Sketch of the medical history of the native army of Bombay, for the year
Year: 1872
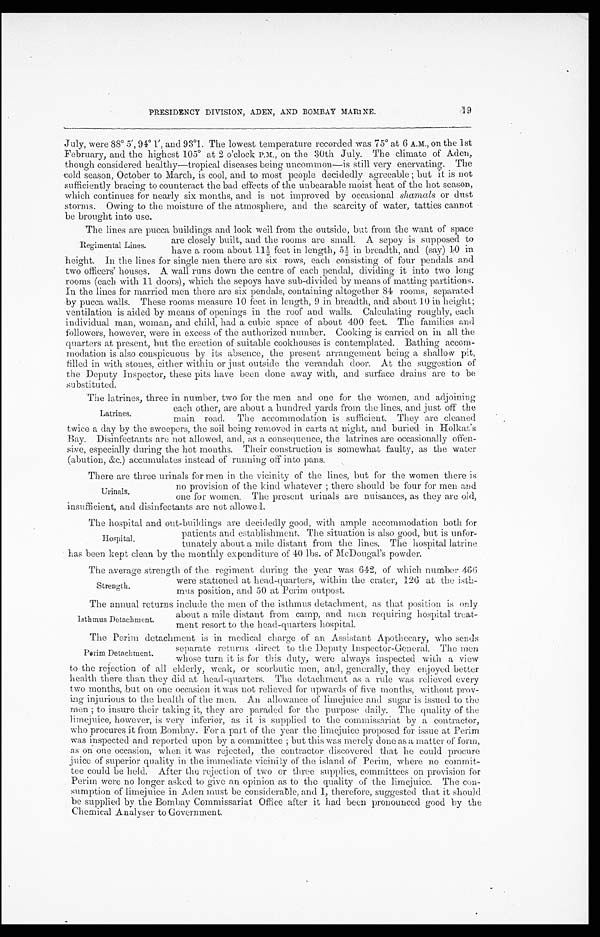
PRESIDENCY DIVISION, ADEN, AND BOMBAY MARINE.
19
J u l y , we r e 8 8° 5 ' , 9 4° 1 ' , a n d 9 3°1 . Th e l o we s t t e mp e r a t u r e r e c o r d e d wa s 7 5° a t 6 A. M. , o n t h e 1 s t
February, and t he hi ghest 105° at 2 o' cl ock P. M. , on t he 30t h Jul y. The cl i mat e of Aden,
though considered healthy—tropical diseases being uncommon—is still very enervating. The
cold season, October to March, is cool, and to most people decidedly agreeable ; but it is not
sufficiently bracing to counteract the bad effects of the unbearable moist heat of the hot season,
which continues for nearly six months, and is not improved by occasional s hamals or dust
storms. Owing to the moisture of the atmosphere, and the scarcity of water, tatties cannot
be brought into use.
The lines are pucca buildings and look well from the outside but from the want of space
are closely built, and the rooms are small. A sepoy is supposed to
have a room about 11½ feet in length, 5½ in breadth, and (say) 1.0 in
height. In the lines for single men there are six rows, each consisting of four pendals and
two officers' houses. A wall runs down the centre of each pendal, dividing it into two long
rooms (each with 11 doors), which the sepoys have sub-divided by means of matting partitions.
In the lines for married men there are six pendals, containing altogether 84 rooms, separated
by pucca walls. These rooms measure 10 feet in length, 9 in breadth, and about 10 in height;
ventilation is aided by means of openings in the roof and walls. Calculating roughly, each
individual man, woman, and child, had a cubic space of about 400 feet. The families and
followers, however, were in excess of the authorized number. Cooking is carried on in all the
quarters at present, but the erection of suitable cookhouses is contemplated. Bathing accom-
modation is also conspicuous by its absence, the present arrangement being a shallow pit,
filled in with stones, either within or just outside the verandah door. At the suggestion of
the Deputy Inspector, these pits have been done away with, and surface drains are to be
substituted.
The latrines, three in number, two for the men and one for the women, and adjoining
_ _
each other, are about a hundred yards from the lines, and Just off the
main road. The accommodation is sufficient. They are cleaned
twice a day by the sweepers, the soil being removed in carts at night, and buried in Holkat's
Bay. Disinfectants are not allowed, and, as a consequence, the latrines are occasionally offen-
sive, especially during the hot months. Their construction is somewhat faulty, as the water
(abution, &c.) accumulates instead of running off into pans.
There are three urinals for men in the vicinity of the lines, but for the women there is
no provision of the kind whatever ; there should be four for men and
one for women. The present urinals are nuisances, as they are old,
insufficient, and disinfectants are not allowed.
The hospital and out-buildings are decidedly good, with ample accommodation both for
Regimental Lines.
Latrines.
Urinals.
Hospital.
patients and establishment. The situation is also good, but is unfor-
tunately about a mile distant from the lines. The hospital latrine
has been kept clean by the monthly expenditure of 40 lbs. of McDougal's powder.
The average strength of the regiment during the year was 642, of which number 466
Strength.
were stationed at head-quarters, within the crater, 126 at the isth-
mus position, and 50 at Perim outpost.
The annual returns include the men of the isthmus detachment, as that position is only
Isthmus Detachment.
about a mile distant from camp, and men requiring hospital treat-
ment resort to the head-quarters hospital.
The Perim detachment is in medical charge of an Assistant Anothecary who sends
separate returns direct to the Deputy Inspector-General. The men
whose turn it is for this duty, were always inspected with a view
to the rejection of all elderly, weak, or scorbutic men, and, generally, they enjoyed better
health there than they did at head-quarters. The detachment as a rule was relieved every
two months, but on one occasion it was not relieved for upwards of five months, without prov-
ing injurious to the health of the men. An allowance of limejuice and sugar is issued to the
men ; to insure their taking it, they are paraded for the purpose daily. The quality of the
limejuice, however, is very inferior, as it is supplied to the commissariat by a contractor,
who procures it from Bombay. For a part of the year the limejuice proposed for issue at Perim
was inspected arid reported upon by a committee ; but this was merely done as a matter of form,
as on one occasion, when it was rejected, the contractor discovered that he could procure
juice of superior quality in the immediate vicinity of the island of Perim, where no commit-
tee could be held. After the rejection of two or three supplies, committees on provision for
Perim were no longer asked to give an opinion as to the quality of the limejuice. The con-
sumption of limejuice in Aden must be considerable, and I, therefore, suggested that it should
be supplied by the Bombay Commissariat Office after it had been pronounced good by the
Chemical Analyser to Government.
Perim Detachment.